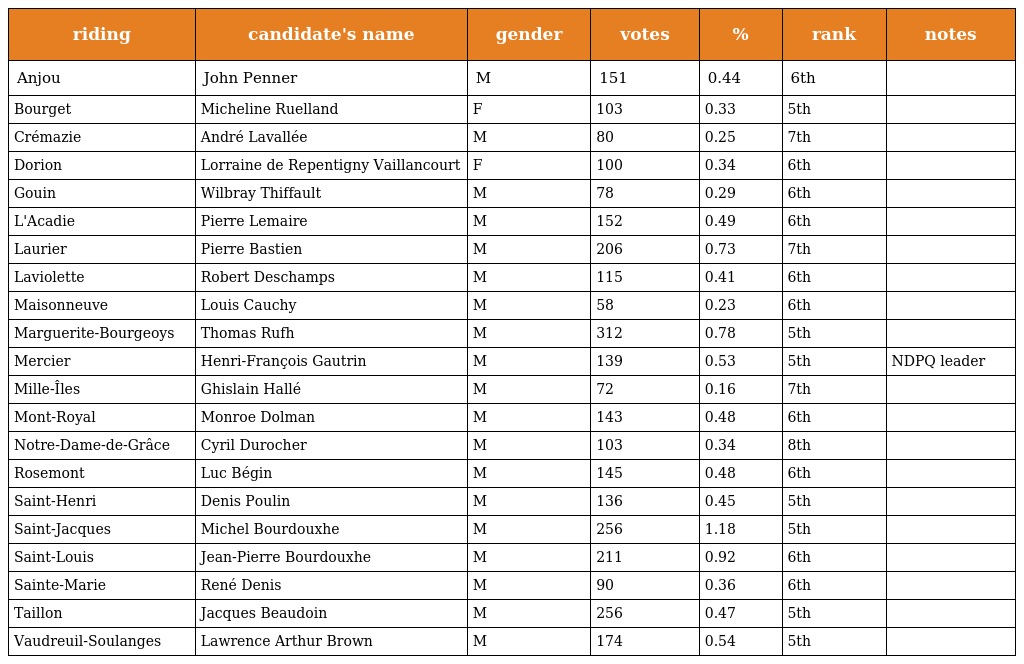
| riding | candidate's name | gender | votes | % | rank | notes |
 | --- | --- | --- | --- | --- | --- | --- |
 | Anjou | John Penner | M | 151 | 0.44 | 6th |  |
 | Bourget | Micheline Ruelland | F | 103 | 0.33 | 5th |  |
 | Crémazie | André Lavallée | M | 80 | 0.25 | 7th |  |
 | Dorion | Lorraine de Repentigny Vaillancourt | F | 100 | 0.34 | 6th |  |
 | Gouin | Wilbray Thiffault | M | 78 | 0.29 | 6th |  |
 | L'Acadie | Pierre Lemaire | M | 152 | 0.49 | 6th |  |
 | Laurier | Pierre Bastien | M | 206 | 0.73 | 7th |  |
 | Laviolette | Robert Deschamps | M | 115 | 0.41 | 6th |  |
 | Maisonneuve | Louis Cauchy | M | 58 | 0.23 | 6th |  |
 | Marguerite-Bourgeoys | Thomas Rufh | M | 312 | 0.78 | 5th |  |
 | Mercier | Henri-François Gautrin | M | 139 | 0.53 | 5th | NDPQ leader |
 | Mille-Îles | Ghislain Hallé | M | 72 | 0.16 | 7th |  |
 | Mont-Royal | Monroe Dolman | M | 143 | 0.48 | 6th |  |
 | Notre-Dame-de-Grâce | Cyril Durocher | M | 103 | 0.34 | 8th |  |
 | Rosemont | Luc Bégin | M | 145 | 0.48 | 6th |  |
 | Saint-Henri | Denis Poulin | M | 136 | 0.45 | 5th |  |
 | Saint-Jacques | Michel Bourdouxhe | M | 256 | 1.18 | 5th |  |
 | Saint-Louis | Jean-Pierre Bourdouxhe | M | 211 | 0.92 | 6th |  |
 | Sainte-Marie | René Denis | M | 90 | 0.36 | 6th |  |
 | Taillon | Jacques Beaudoin | M | 256 | 0.47 | 5th |  |
 | Vaudreuil-Soulanges | Lawrence Arthur Brown | M | 174 | 0.54 | 5th |  |